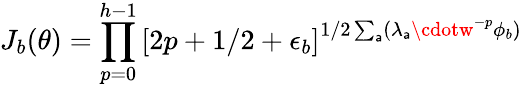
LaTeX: J_{b}(\theta)=\prod_{p=0}^{h-1}\left[2p+1/2+\epsilon_{b}\right]^{1/2\sum_{\mathsf{a}}(\lambda_{\mathsf{a}}\cdotw^{-p}\phi_{b})}